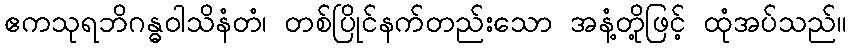
ဧကသုရဘိဂန္ဓဝါသိနံတံ၊ တစ်ပြိုင်နက်တည်းသော အနံ့တို့ဖြင့် ထုံအပ်သည်။